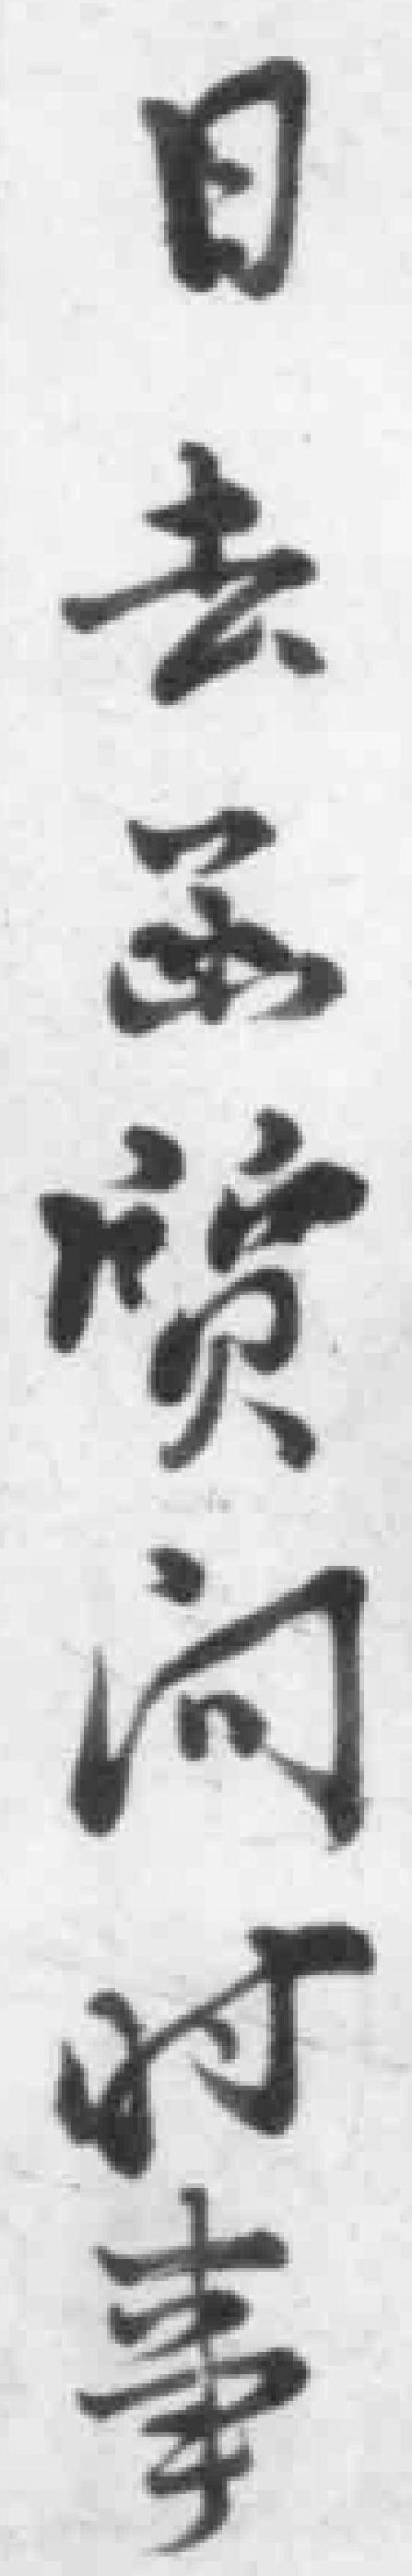
日去函質問时事